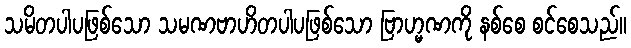
သမိတပါပဖြစ်သော သမဏဗာဟိတပါပဖြစ်သော ဗြာဟ္မဏကို နစ်စေ စင်စေသည်။